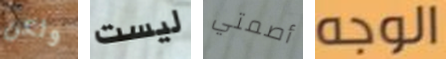
ولكن ليست أصمتي الوجه